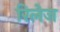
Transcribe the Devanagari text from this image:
रिलेज